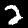
Digit: 2